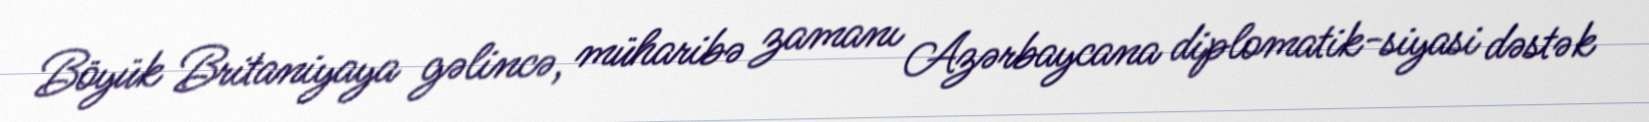
Böyük Britaniyaya gəlincə, müharibə zamanı Azərbaycana diplomatik-siyasi dəstək